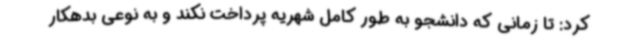
کرد: تا زمانی که دانشجو به طور کامل شهریه پرداخت نکند و به نوعی بدهکار